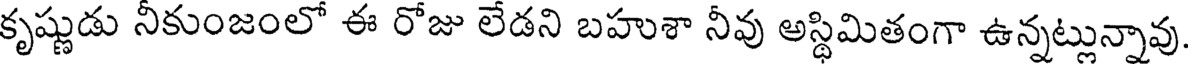
కృష్ణుడు నీకుంజంలో ఈ రోజు లేడని బహుశా నీవు అస్థిమితంగా ఉన్నట్లున్నావు